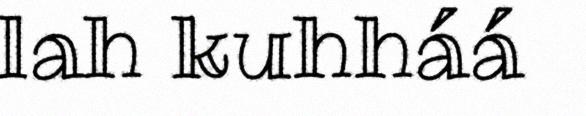
lah kuhháá